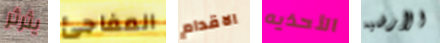
يثرثر المفاجئ الاقدام الأحذيه الأرضيه